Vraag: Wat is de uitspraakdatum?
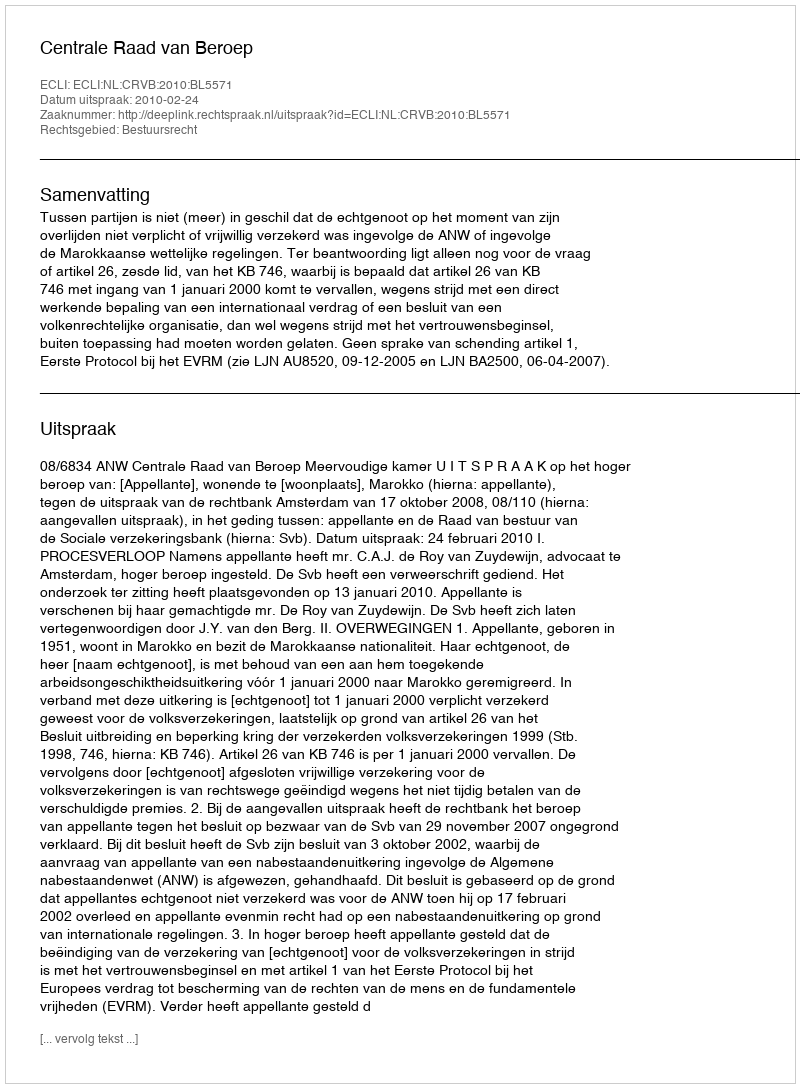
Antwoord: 2010-02-24